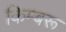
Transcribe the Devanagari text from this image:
किम्बरू